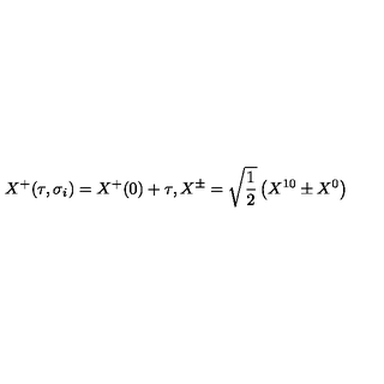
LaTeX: X ^ { + } ( \tau , \sigma _ { i } ) = X ^ { + } ( 0 ) + \tau , X ^ { \pm } = \sqrt { \frac { 1 } { 2 } } \left( X ^ { 1 0 } \pm X ^ { 0 } \right)